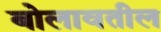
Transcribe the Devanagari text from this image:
बोलावतील